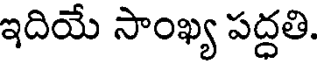
ఇదియే సాంఖ్య పద్ధతి.